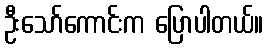
ဦးသော်ကောင်းက ပြောပါတယ်။